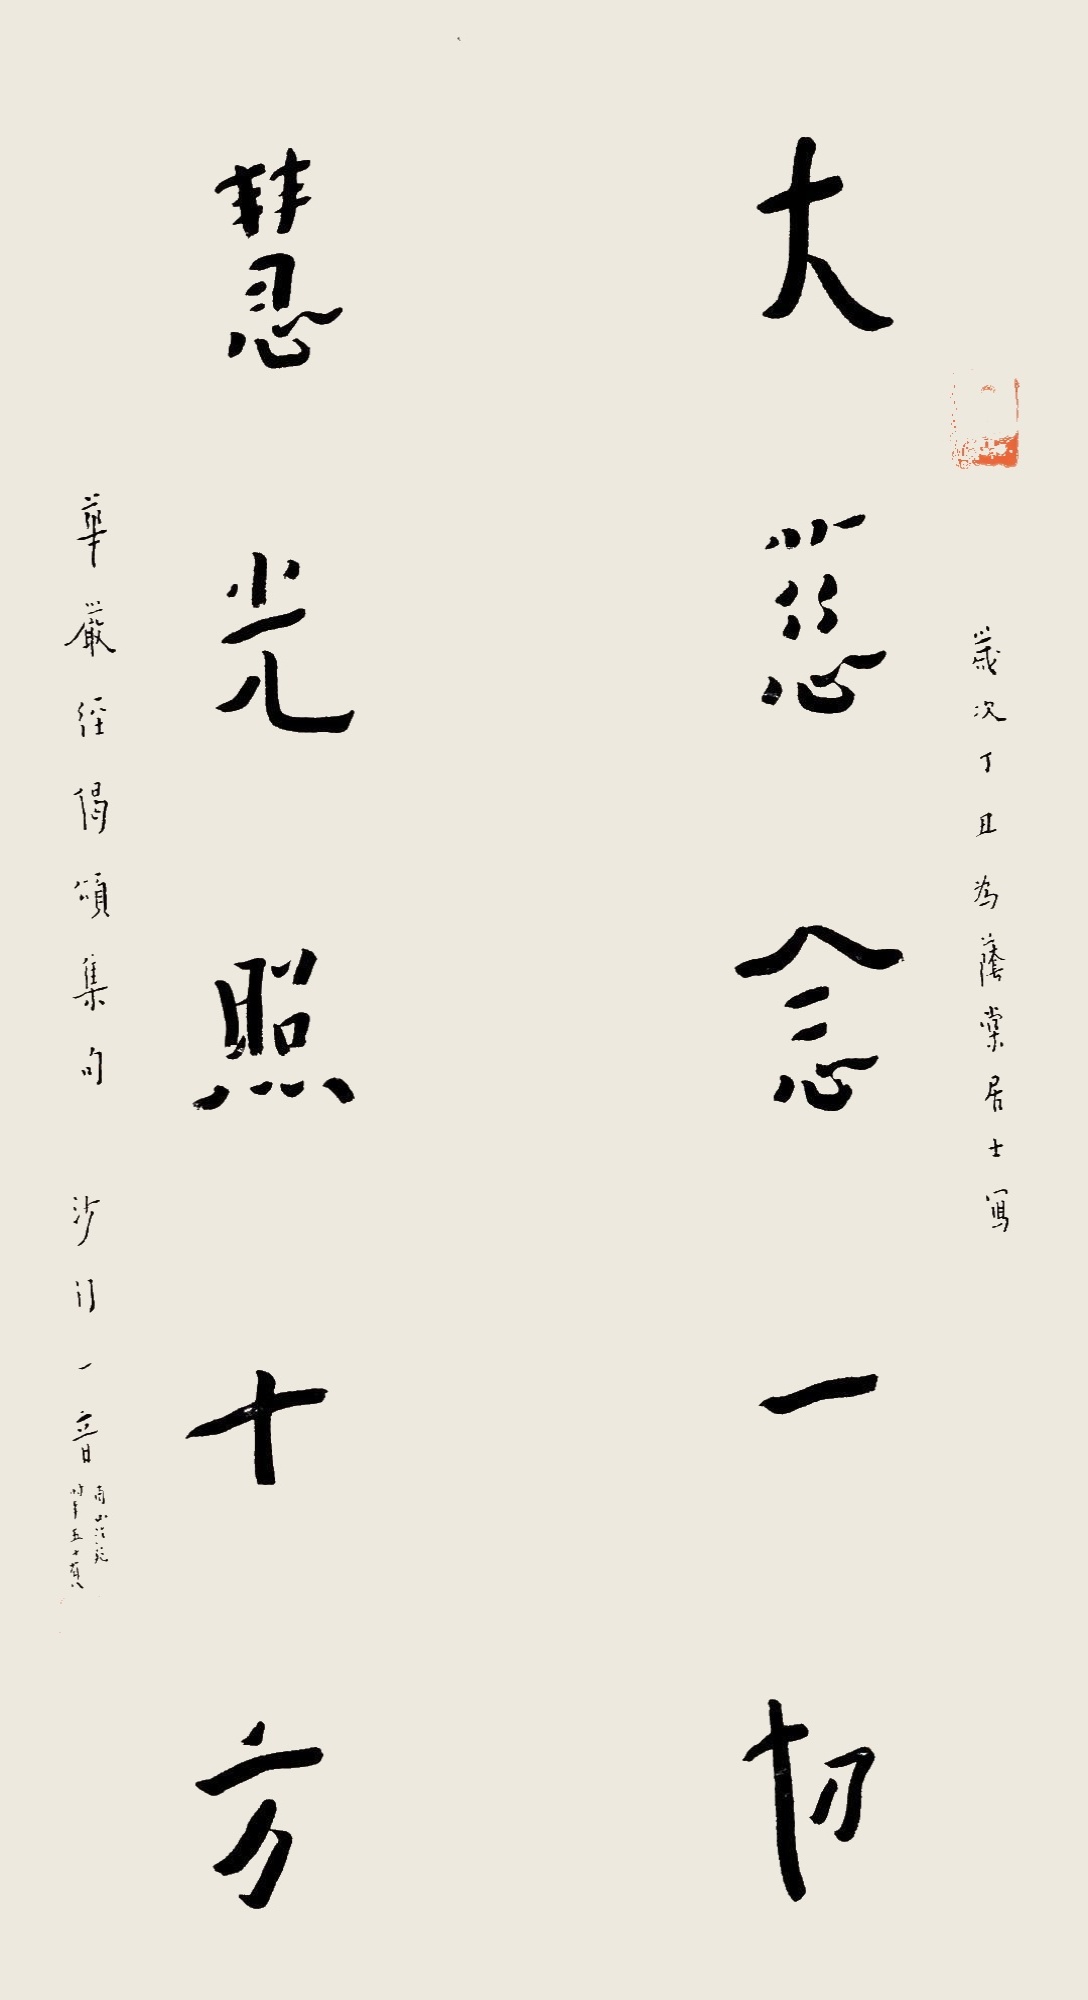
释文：大慈念一切，慧光照十方。岁次丁丑为荫堂居士写，华严经偈颂集句。沙门一音，南山法苑，时年五十有八。